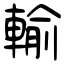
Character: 輸